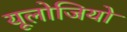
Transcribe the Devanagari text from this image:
यूलोजियो